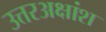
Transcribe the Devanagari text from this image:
उत्तरअक्षांश